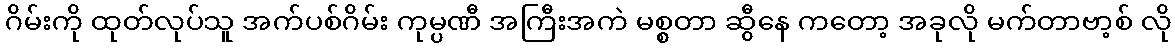
ဂိမ်းကို ထုတ်လုပ်သူ အက်ပစ်ဂိမ်း ကုမ္ပဏီ အကြီးအကဲ မစ္စတာ ဆွီနေ ကတော့ အခုလို မက်တာဗာ့စ် လို